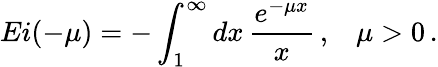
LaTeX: Ei(-\mu)=-\int_{1}^{\infty}dx\, \frac{e^{-\mu x}}{x}\, {,}\, \, \, \, \, \, \mu>0\, {.}